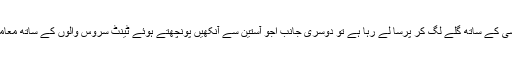
ایک جانب آچھو کسی کے ساتھ گلے لگ کر پرسا لے رہا ہے تو دوسری جانب اجو آستین سے آنکھیں پونچھتے ہوئے ٹینٹ سروس والوں کے ساتھ معاملہ طے کررہا ہے۔